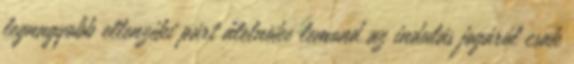
legnagyobb ellenzéki párt alelnöke lemond az indulás jogáról csak